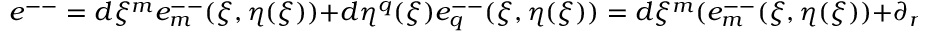
e ^ { -- } = d \xi ^ { m } e _ { m } ^ { -- } ( \xi , \eta ( \xi ) ) + d \eta ^ { q } ( \xi ) e _ { q } ^ { -- } ( \xi , \eta ( \xi ) ) = d \xi ^ { m } ( e _ { m } ^ { -- } ( \xi , \eta ( \xi ) ) + \partial _ { m } \eta ^ { q } ( \xi ) e _ { q } ^ { -- } ( \xi , \eta ( \xi ) )